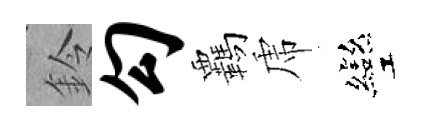
鈴勾覊虎彎